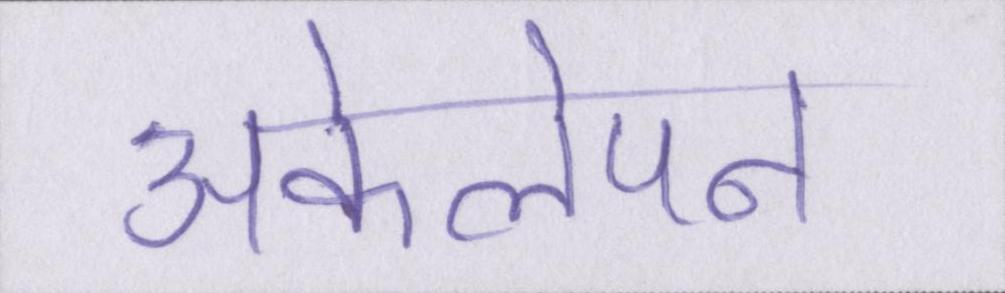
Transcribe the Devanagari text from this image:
अकेलेपन